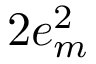
2 e _ { m } ^ { 2 }